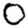
Digit: 0